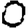
Digit: 0